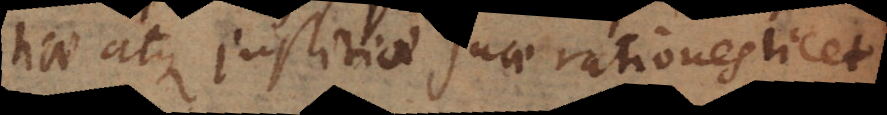
et justitiae suae rationes licet.